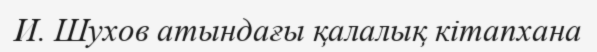
И. Шухов атындағы қалалық кітапхана